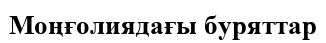
Моңғолиядағы буряттар